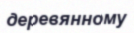
деревянному